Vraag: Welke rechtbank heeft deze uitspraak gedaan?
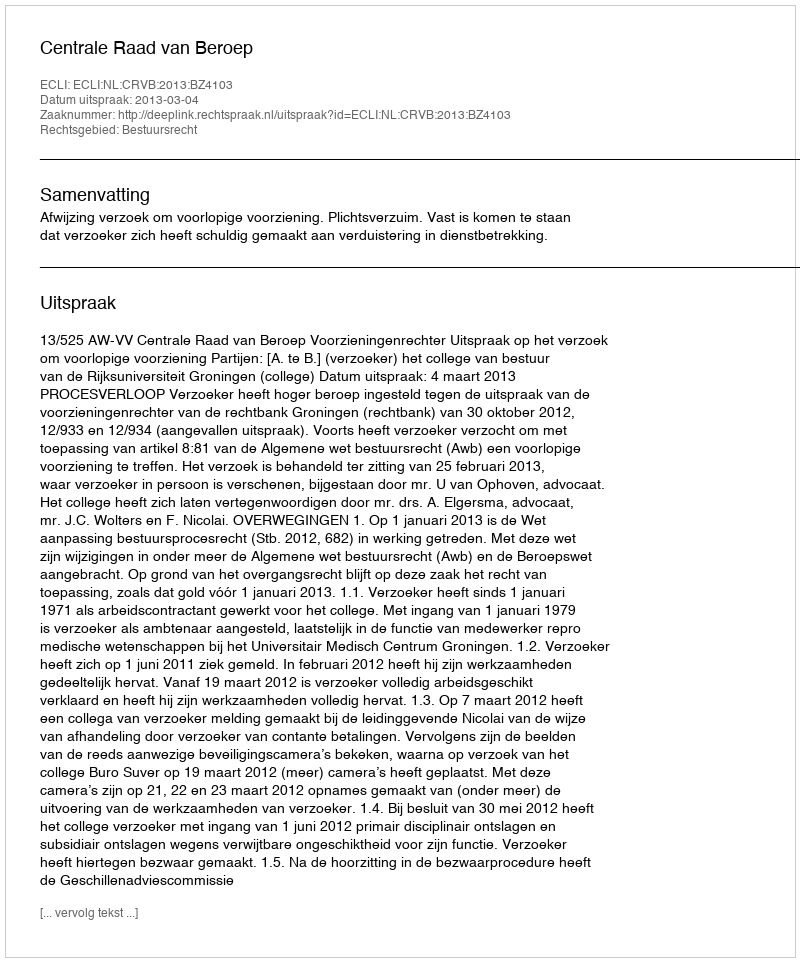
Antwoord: Centrale Raad van Beroep